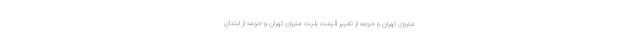
متروی تهران و حومه از تغییر قیمت بلیت متروی تهران و حومه از ابتدای